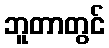
ဘူတာတွင်